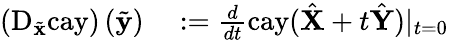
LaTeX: \begin{array}{rl}{\left(\mathrm{D}_{\tilde{\mathbf{x}}}\mathrm{cay}\right)\left(\tilde{\mathbf{y}}\right)}&{{}:=\frac{d}{dt}\mathrm{cay}(\hat{\mathbf{X}}+t\hat{\mathbf{Y}})|_{t=0}}\end{array}